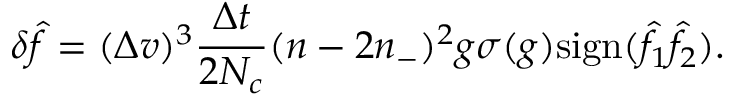
\delta \hat { f } = ( \Delta v ) ^ { 3 } \frac { \Delta t } { 2 N _ { c } } ( n - 2 n _ { - } ) ^ { 2 } g \sigma ( g ) \mathrm { s i g n } ( \hat { f } _ { 1 } \hat { f } _ { 2 } ) .